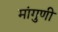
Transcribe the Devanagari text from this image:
मांगुणी